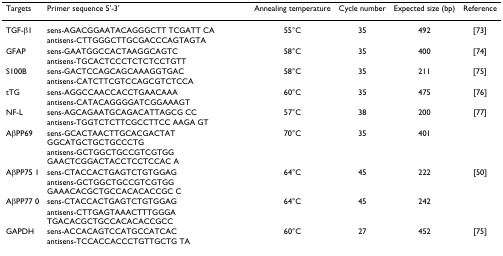
<table><thead><tr><td><b>Targets</b></td><td><b>Primer sequence 5&#x27;-3&#x27;</b></td><td><b>Annealing temperature</b></td><td><b>Cycle number</b></td><td><b>Expected size (bp)</b></td><td><b>Reference</b></td></tr></thead><tbody><tr><td>TGF-β1</td><td>sens-AGACGGAATACAGGGCTT TCGATT CA</td><td>55°C</td><td>35</td><td>492</td><td>[73]</td></tr><tr><td></td><td>antisens-CTTGGGCTTGCGACCCAGTAGTA</td><td></td><td></td><td></td><td></td></tr><tr><td>GFAP</td><td>sens-GAATGGCCACTAAGGCAGTC</td><td>58°C</td><td>35</td><td>400</td><td>[74]</td></tr><tr><td></td><td>antisens-TGCACTCCCTCTCTCCTGTT</td><td></td><td></td><td></td><td></td></tr><tr><td>S100B</td><td>sens-GACTCCAGCAGCAAAGGTGAC</td><td>58°C</td><td>35</td><td>211</td><td>[75]</td></tr><tr><td></td><td>antisens-CATCTTCGTCCAGCGTCTCCA</td><td></td><td></td><td></td><td></td></tr><tr><td>tTG</td><td>sens-AGGCCAACCACCTGAACAAA</td><td>60°C</td><td>35</td><td>475</td><td>[76]</td></tr><tr><td></td><td>antisens-CATACAGGGGATCGGAAAGT</td><td></td><td></td><td></td><td></td></tr><tr><td>NF-L</td><td>sens-AGCAGAATGCAGACATTAGCG CC</td><td>57°C</td><td>38</td><td>200</td><td>[77]</td></tr><tr><td></td><td>antisens-TGGTCTCTTCGCCTTCC AAGA GT</td><td></td><td></td><td></td><td></td></tr><tr><td>AβPP69</td><td>sens-GCACTAACTTGCACGACTAT GGCATGCTGCTGCCCTG</td><td>70°C</td><td>35</td><td>401</td><td></td></tr><tr><td></td><td>antisens-GCTGGCTGCCGTCGTGG GAACTCGGACTACCTCCTCCAC A</td><td></td><td></td><td></td><td></td></tr><tr><td>AβPP75 1</td><td>sens-CTACCACTGAGTCTGTGGAG</td><td>64°C</td><td>45</td><td>222</td><td>[50]</td></tr><tr><td></td><td>antisens-GCTGGCTGCCGTCGTGG GAAACACGCTGCCACACACCGC C</td><td></td><td></td><td></td><td></td></tr><tr><td>AβPP77 0</td><td>sens-CTACCACTGAGTCTGTGGAG</td><td>64°C</td><td>45</td><td>242</td><td></td></tr><tr><td></td><td>antisens-CTTGAGTAAACTTTGGGA TGACACGCTGCCACACACCGCC</td><td></td><td></td><td></td><td></td></tr><tr><td>GAPDH</td><td>sens-ACCACAGTCCATGCCATCAC</td><td>60°C</td><td>27</td><td>452</td><td>[75]</td></tr><tr><td></td><td>antisens-TCCACCACCCTGTTGCTG TA</td><td></td><td></td><td></td><td></td></tr></tbody></table>